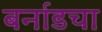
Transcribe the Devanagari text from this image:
बर्नाडचा